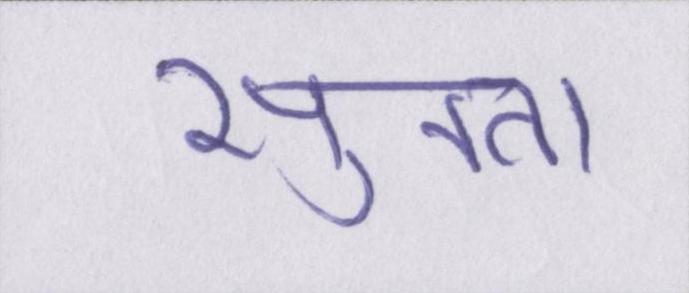
सुनता